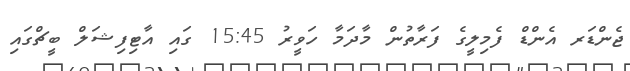
ޖެންޑަރ އެންޑް ފެމިލީގެ ފަރާތުން މާދަމާ ހަވީރު 15:45 ގައި އާޓިފިޝަލް ބީޗްގައި